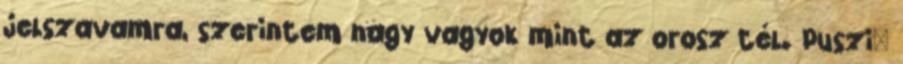
jelszavamra, szerintem nagy vagyok mint az orosz tél. Puszi♥